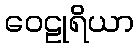
ဝေဠုရိယာ